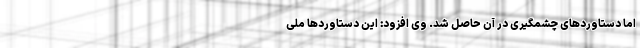
اما دستاوردهای چشمگیری در آن حاصل شد. وی افزود: این دستاوردها ملی